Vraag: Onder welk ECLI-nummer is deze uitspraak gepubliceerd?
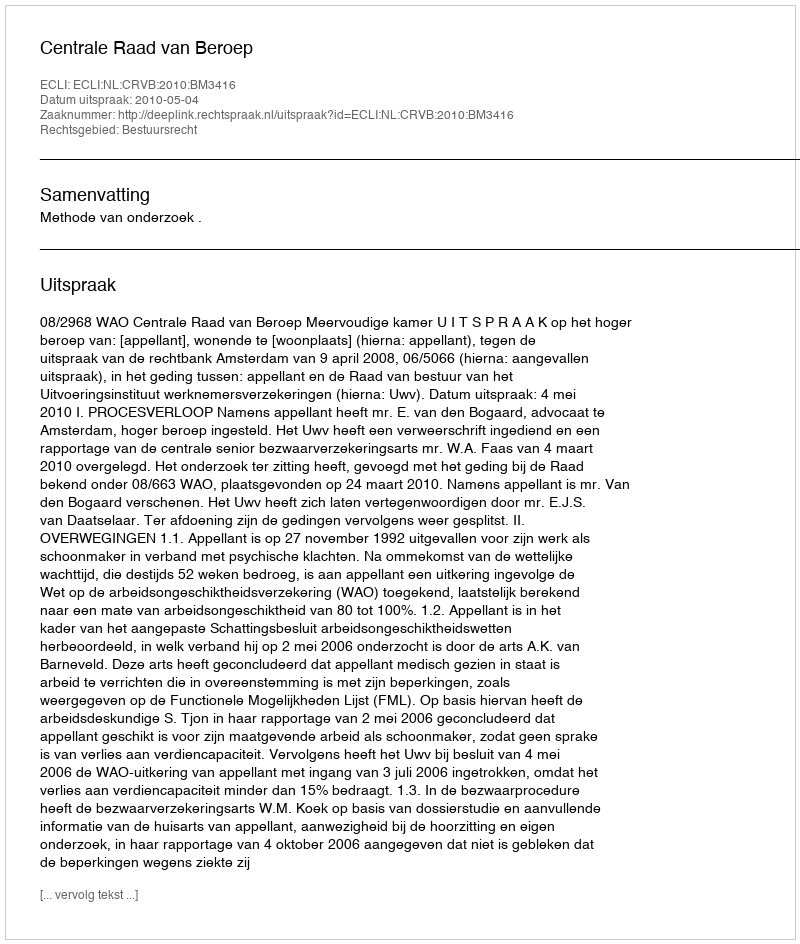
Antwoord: ECLI:NL:CRVB:2010:BM3416